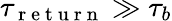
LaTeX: \tau_{\mathrm{~r~e~t~u~r~n~}}\gg\tau_{b}